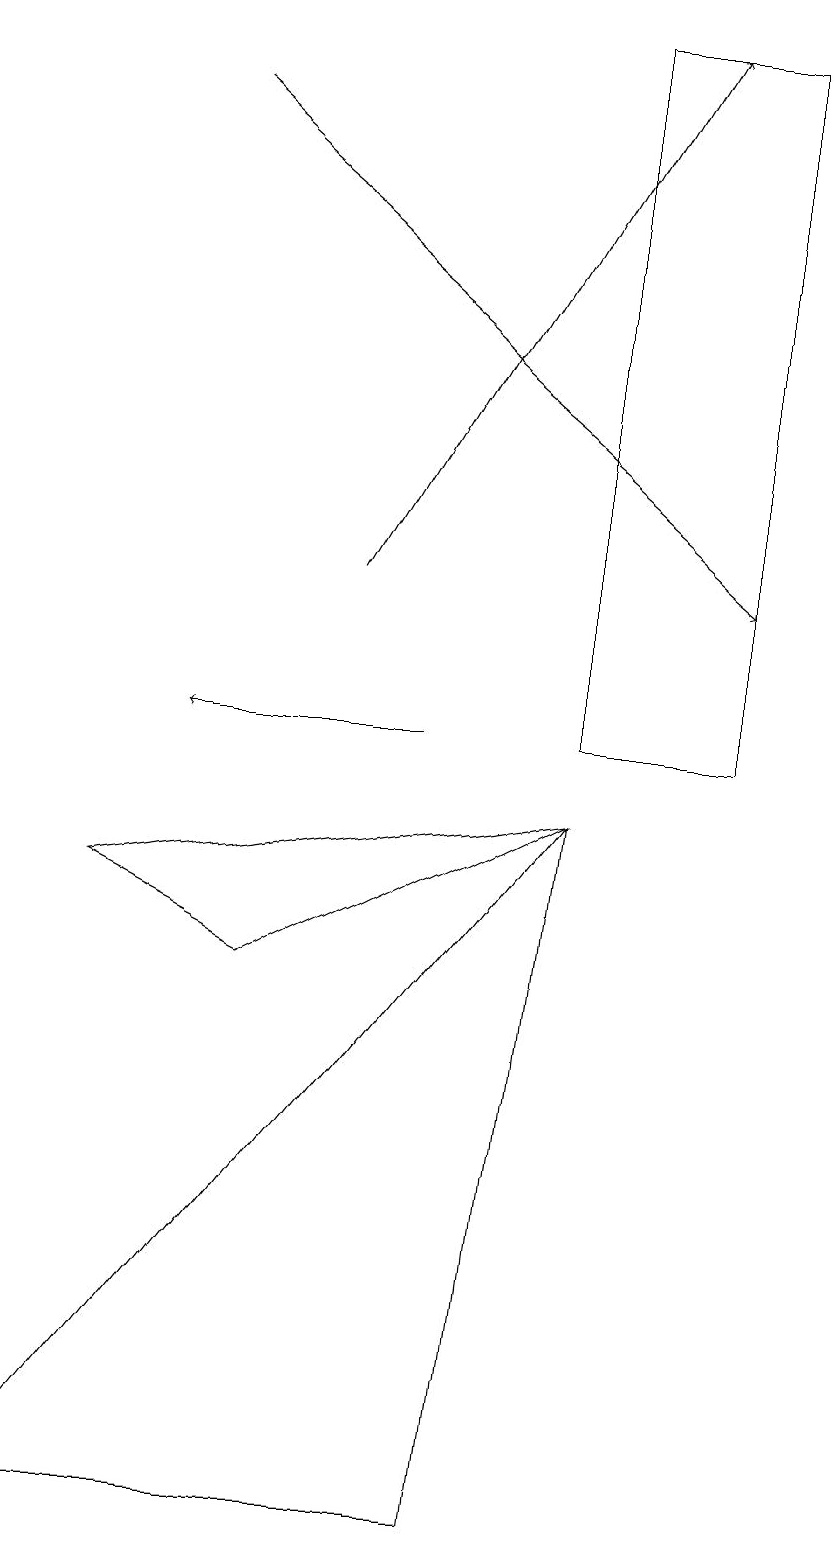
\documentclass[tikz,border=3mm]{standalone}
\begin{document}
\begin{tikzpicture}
\draw[->] (2,18) -- (9,12);
\draw (0,0) -- (6,0) -- (7,9) -- cycle;
\draw[->] (4,12) -- (8,19);
\draw[->] (5,10) -- (2,10);
\draw (9,10) rectangle (7,19);
\draw (3,7) -- (1,8) -- (7,9) -- cycle;
\draw (10,11) circle (0);
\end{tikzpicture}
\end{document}